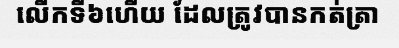
លើកទី៦ហើយ ដែលត្រូវបានកត់ត្រា